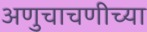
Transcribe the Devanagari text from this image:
अणुचाचणीच्या